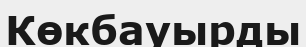
Көкбауырды